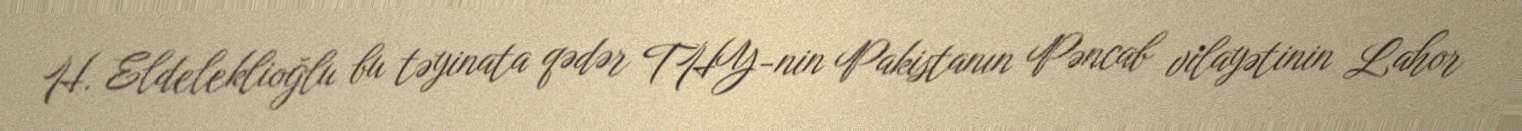
H. Eldeleklioğlu bu təyinata qədər THY-nin Pakistanın Pəncab vilayətinin Lahor